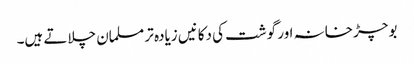
بوچڑ خانہ اور گوشت کی دکانیں زیادہ تر مسلمان چلاتے ہیں۔